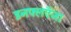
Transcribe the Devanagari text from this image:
इनफ्लएँजा